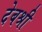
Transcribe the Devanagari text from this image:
देबश्री